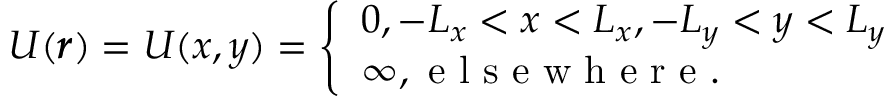
U ( \pmb { r } ) = U ( x , y ) = \left\{ \begin{array} { l l } { 0 , - L _ { x } < x < L _ { x } , - L _ { y } < y < L _ { y } } \\ { \infty , \mathrm { ~ e ~ l ~ s ~ e ~ w ~ h ~ e ~ r ~ e ~ . ~ } } \end{array} \right.